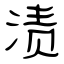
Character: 渍